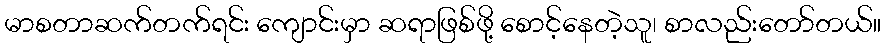
မာစတာဆက်တက်ရင်း ကျောင်းမှာ ဆရာဖြစ်ဖို့ စောင့်နေတဲ့သူ၊ စာလည်းတော်တယ်။